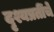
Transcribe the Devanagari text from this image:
दृश्यप्रतींचे